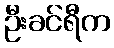
ဦးခင်ရီက